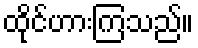
ထိုင်ဟားကြသည်။